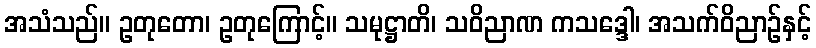
အသံသည်။ ဥတုတော၊ ဥတုကြောင့်။ သမုဋ္ဌာတိ၊ သဝိညာဏ ကသဒ္ဒေါ၊ အသက်ဝိညာဉ်နှင့်